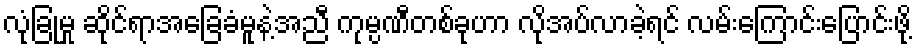
လုံခြုံမှု ဆိုင်ရာအခြေခံမူနဲ့အညီ ကုမ္ပဏီတစ်ခုဟာ လိုအပ်လာခဲ့ရင် လမ်းကြောင်းပြောင်းဖို့